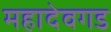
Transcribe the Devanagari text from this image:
महादेवगड